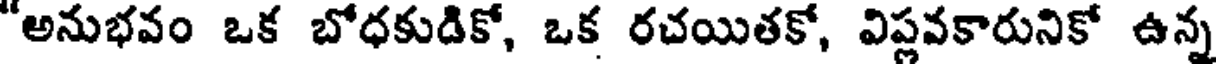
"అనుభవం ఒక బోధకుడికో, ఒక రచయితకో, విప్లవకారునికో ఉన్న